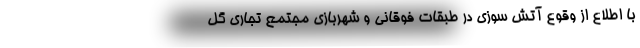
با اطلاع از وقوع آتش سوزی در طبقات فوقانی و شهربازی مجتمع تجاری گل